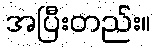
အပြီးတည်း။